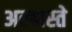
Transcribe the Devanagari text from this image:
अल्बास्ते